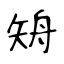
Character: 矪